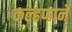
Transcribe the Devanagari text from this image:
कल्हणाने